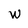
Character: w